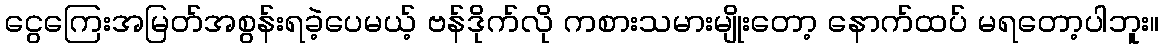
ငွေကြေးအမြတ်အစွန်းရခဲ့ပေမယ့် ဗန်ဒိုက်လို ကစားသမားမျိုးတော့ နောက်ထပ် မရတော့ပါဘူး။